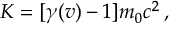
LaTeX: K = [ \gamma ( v ) - 1 ] m _ { 0 } c ^ { 2 } \, ,